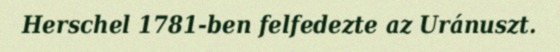
Herschel 1781-ben felfedezte az Uránuszt.